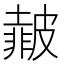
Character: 𱲆